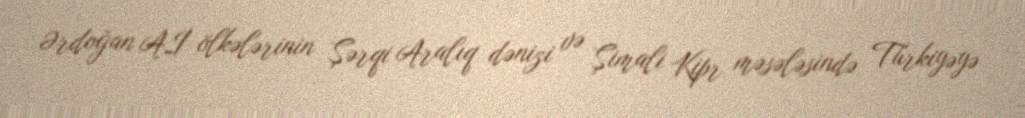
Ərdoğan Aİ ölkələrinin Şərqi Aralıq dənizi və Şimali Kipr məsələsində Türkiyəyə